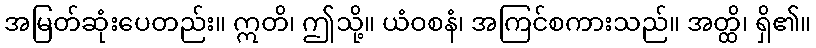
အမြတ်ဆုံးပေတည်း။ ဣတိ၊ ဤသို့။ ယံဝစနံ၊ အကြင်စကားသည်။ အတ္ထိ၊ ရှိ၏။